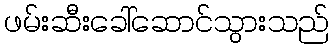
ဖမ်းဆီးခေါ်ဆောင်သွားသည်